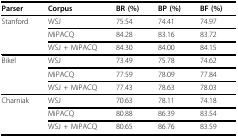
| Parser | Corpus | BR (%) | BP (%) | BF (%) |
 | --- | --- | --- | --- | --- |
 | Stanford | WSJ | 75.54 | 74.41 | 74.97 |
 |  | MiPACQ | 84.28 | 83.16 | 83.72 |
 |  | WSJ + MiPACQ | 84.30 | 84.00 | 84.15 |
 | Bikel | WSJ | 73.49 | 75.78 | 74.62 |
 |  | MiPACQ | 77.59 | 78.09 | 77.84 |
 |  | WSJ + MiPACQ | 77.43 | 78.63 | 78.03 |
 | Charniak | WSJ | 70.63 | 78.11 | 74.18 |
 |  | MiPACQ | 80.88 | 86.39 | 83.54 |
 |  | WSJ + MiPACQ | 80.65 | 86.76 | 83.59 |